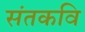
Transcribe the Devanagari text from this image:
संतकवि